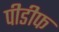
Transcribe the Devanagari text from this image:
पीडीफ